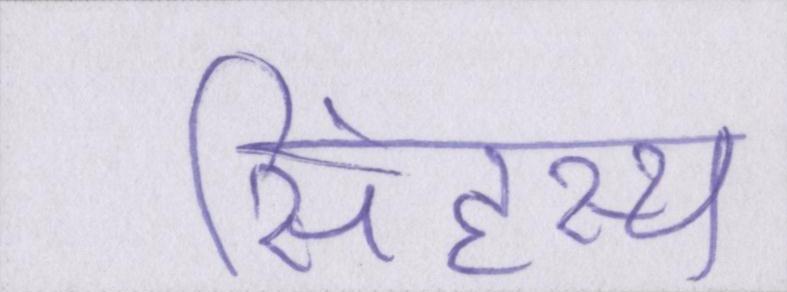
सिंहस्थ